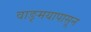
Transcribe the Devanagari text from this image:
वाङ्‌मयापासून